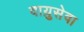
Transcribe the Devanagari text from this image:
वाय़ुसेवा